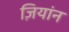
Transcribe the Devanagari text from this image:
ज़ियांन